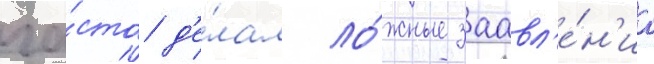
ча́сто д'е́лал ло́жные заавл'е́н'иа